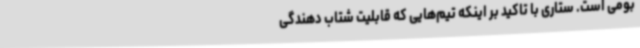
بومی است. ستاری با تاکید بر اینکه تیم‌هایی که قابلیت شتاب دهندگی